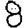
Digit: 8